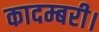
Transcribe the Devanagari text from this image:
कादम्बरी।